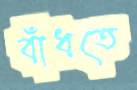
বাঁধতে